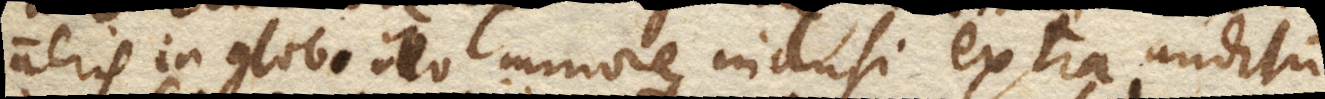
aeris in globo illo minore inclusi extra auditum